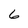
Character: 6